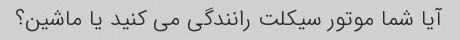
آیا شما موتور سیکلت رانندگی می کنید یا ماشین؟